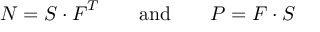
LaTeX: { \boldsymbol { N } } = { \boldsymbol { S } } \cdot { \boldsymbol { F } } ^ { T } \qquad { \mathrm { a n d } } \qquad { \boldsymbol { P } } = { \boldsymbol { F } } \cdot { \boldsymbol { S } }